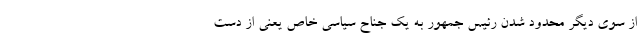
از سوی دیگر محدود شدن رئیس جمهور به یک جناح سیاسی خاص یعنی از دست